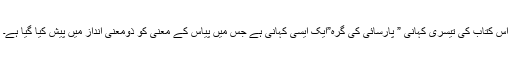
اس کتاب کی تیسری کہانی ” پارسائی کی گرہ”ایک ایسی کہانی ہے جس میں پیاس کے معنی کو ذومعنی انداز میں پیش کیا گیا ہے۔